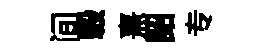
间轂熹詔专